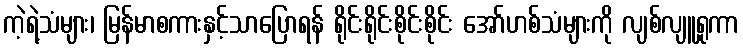
ကဲ့ရဲ့သံများ၊ မြန်မာစကားနှင့်သာပြောရန် ရိုင်းရိုင်းစိုင်းစိုင်း အော်ဟစ်သံများကို လျစ်လျူရှုကာ